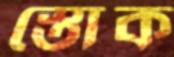
স্তোক